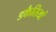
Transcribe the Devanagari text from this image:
डकैतियां